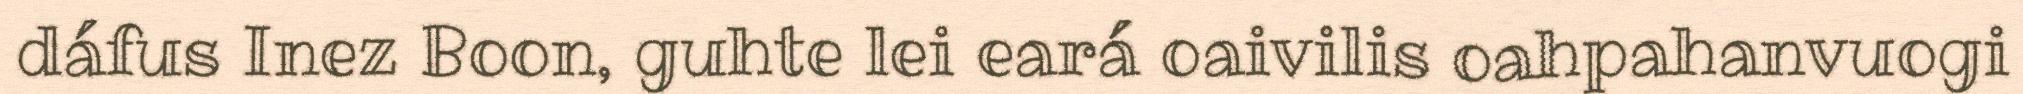
dáfus Inez Boon, guhte lei eará oaivilis oahpahanvuogi